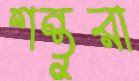
শন্তুরা